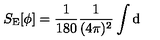
S _ { \mathrm { E } } [ \phi ] = \frac { 1 } { 1 8 0 } \frac { 1 } { ( 4 \pi ) ^ { 2 } } \int \mathrm { d }